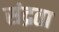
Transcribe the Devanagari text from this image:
संद्रता